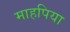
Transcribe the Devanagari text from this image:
माहपिया